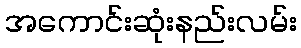
အကောင်းဆုံးနည်းလမ်း